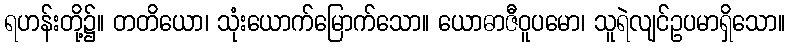
ရဟန်းတို့၌။ တတိယော၊ သုံးယောက်မြောက်သော။ ယောဓာဇီဝူပမော၊ သူရဲလျင်ဥပမာရှိသော။